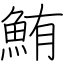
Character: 鮪